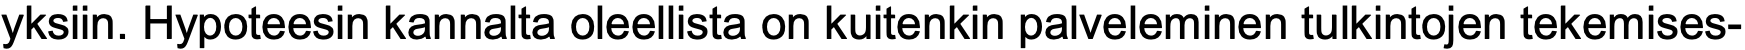
yksiin. Hypoteesin kannalta oleellista on kuitenkin palveleminen tulkintojen tekemises-